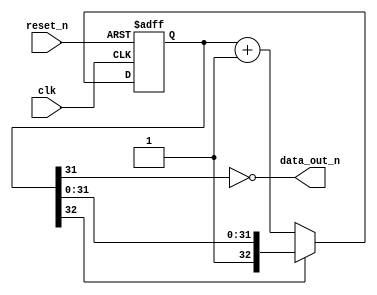
// Legal Notice: (C)2017 RocketBoards.org. All rights reserved.

module binary_delay
#(
	parameter WIDTH	= 32	// set to be the most significant bit until count
)
(
	input	wire 		clk,
	input	wire		reset_n,
	output	wire		data_out_n
);

	reg [WIDTH:0]		data_cnt;

	// Reset if needed, or increment if counting is not overflow
	always @ (posedge clk or negedge reset_n)
	begin
		if (!reset_n)
			data_cnt <= WIDTH + 1'b0;
		else if (data_cnt[WIDTH] == 1'b0)
			data_cnt <= data_cnt + 1'b1;
		else
			data_cnt <= data_cnt;
	end

	assign	data_out_n = !data_cnt[WIDTH-1];

endmodule